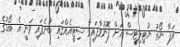
އަޕާ ނޯތު ޔުޓިލިޓީސް އަށް ފޮނުވާފައިވާ ސިޓީއެއްގައި ބުނެފައި ވަނީ އެ ބޯޑުގެ